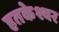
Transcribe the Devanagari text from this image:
हतकेश्वर